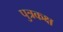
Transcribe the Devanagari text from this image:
पुत्रकक्ष